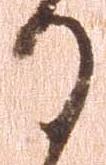
る